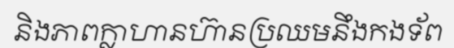
និងភាពក្លាហានហ៊ានប្រឈមនឹងកងទ័ព